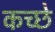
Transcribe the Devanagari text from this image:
कच्छे